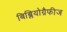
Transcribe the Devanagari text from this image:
बिब्लियोग्रैफीज